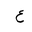
Letter: _ayn